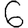
Digit: 6